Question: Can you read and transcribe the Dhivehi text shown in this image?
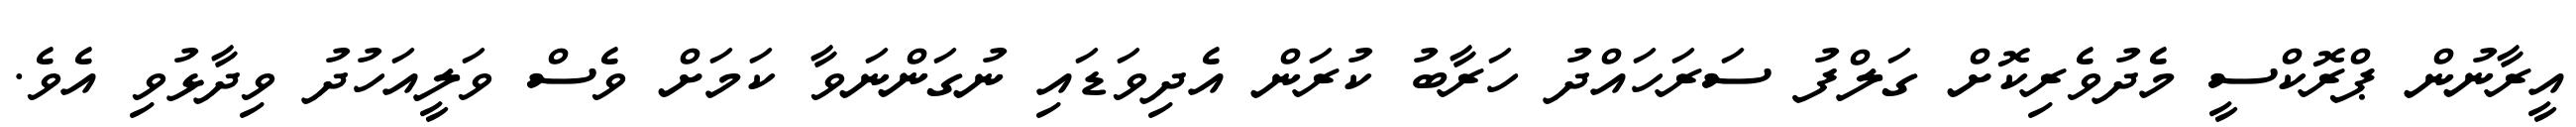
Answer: އީރާނުން ޕްރޮކްސީ މެދުވެރިކޮށް ގަލްފު ސަރަހައްދު ހަރާބު ކުރަން އެދިވަޑައި ނުގަންނަވާ ކަމަށް ވެސް ވަލީއަހުދު ވިދާޅުވި އެވެ.